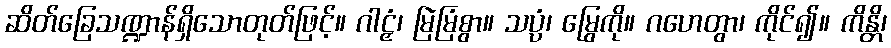
ဆိတ်ခြေသဏ္ဍာန်ရှိသောတုတ်ဖြင့်။ ဂါဠှံ၊ မြဲမြံစွာ။ သပ္ပံ၊ မြွေကို။ ဂဟေတွာ၊ ကိုင်၍။ ကိန္တိ၊